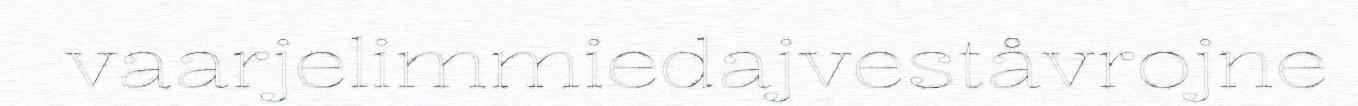
vaarjelimmiedajveståvrojne